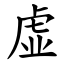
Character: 虚